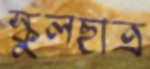
স্কুলছাত্র